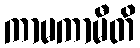
ကာမကာမီတိ